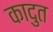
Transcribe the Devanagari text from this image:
कादुत